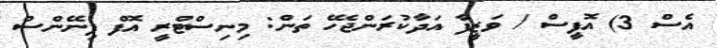
އެސް 3) އޮފީސް / ވަޒީފާ އަދާކުރަންޖެހޭ ތަން: މިނިސްޓްރީ އޮފް ފިނޭންސް